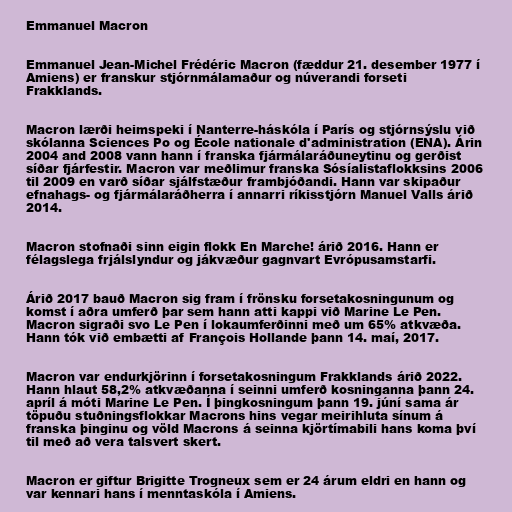
Emmanuel Macron

Emmanuel Jean-Michel Frédéric Macron (fæddur 21. desember 1977 í
Amiens) er franskur stjórnmálamaður og núverandi forseti
Frakklands.

Macron lærði heimspeki í Nanterre-háskóla í París og stjórnsýslu við
skólanna Sciences Po og École nationale d'administration (ENA). Árin
2004 and 2008 vann hann í franska fjármálaráðuneytinu og gerðist
síðar fjárfestir. Macron var meðlimur franska Sósíalistaflokksins 2006
til 2009 en varð síðar sjálfstæður frambjóðandi. Hann var skipaður
efnahags- og fjármálaráðherra í annarri ríkisstjórn Manuel Valls árið
2014.

Macron stofnaði sinn eigin flokk En Marche! árið 2016. Hann er
félagslega frjálslyndur og jákvæður gagnvart Evrópusamstarfi.

Árið 2017 bauð Macron sig fram í frönsku forsetakosningunum og
komst í aðra umferð þar sem hann atti kappi við Marine Le Pen.
Macron sigraði svo Le Pen í lokaumferðinni með um 65% atkvæða.
Hann tók við embætti af François Hollande þann 14. maí, 2017.

Macron var endurkjörinn í forsetakosningum Frakklands árið 2022.
Hann hlaut 58,2% atkvæðanna í seinni umferð kosninganna þann 24.
apríl á móti Marine Le Pen. Í þingkosningum þann 19. júní sama ár
töpuðu stuðningsflokkar Macrons hins vegar meirihluta sínum á
franska þinginu og völd Macrons á seinna kjörtímabili hans koma því
til með að vera talsvert skert.

Macron er giftur Brigitte Trogneux sem er 24 árum eldri en hann og
var kennari hans í menntaskóla í Amiens.